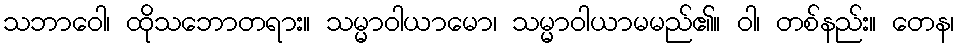
သဘာဝေါ၊ ထိုသဘောတရား။ သမ္မာဝါယာမော၊ သမ္မာဝါယာမမည်၏။ ဝါ၊ တစ်နည်း။ တေန၊